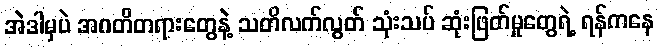
အဲဒါမှပဲ အဂတိတရားတွေနဲ့ သတိလက်လွတ် သုံးသပ် ဆုံးဖြတ်မှုတွေရဲ့ ရန်ကနေ